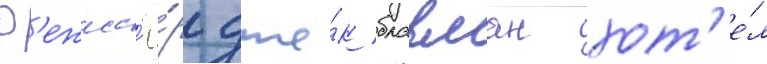
Р'ежисс'ё́р дже́к бравман хот'е́л